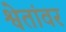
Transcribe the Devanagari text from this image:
श्वेतांवर